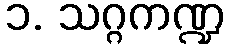
၁. သဂ္ဂကဏ္ဍ